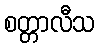
စတ္တာလီသ